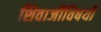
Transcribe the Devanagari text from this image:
शिवाजींविषयी